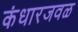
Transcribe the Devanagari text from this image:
कंधारजवळ